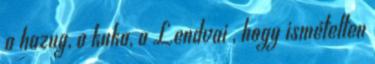
a hazug, a kuka, a Lendvai , hogy ismételten